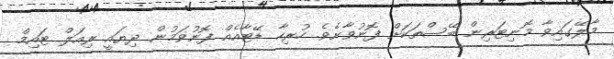
މާލޭގައިވާ މޮނިޓަރިން ބޭސްތަކަށް ފޮނުވާށެވެ. ހުރިހާ ޑޭޓާއެއް ފޮނުވަމުން ދިޔައީ ރިއަލް ޓައިމް